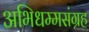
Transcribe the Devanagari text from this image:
अभिधम्मसंग्रह